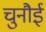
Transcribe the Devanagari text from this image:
चुनौई